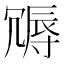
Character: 䢆